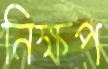
নিক্ষপ